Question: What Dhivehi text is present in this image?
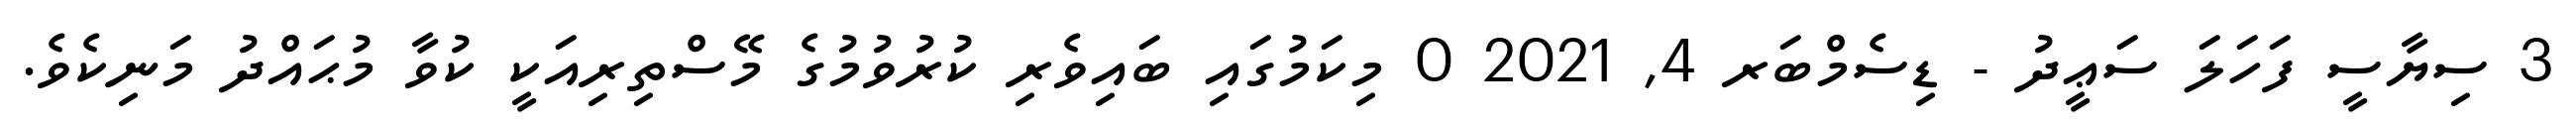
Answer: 3 ސިޔާސީ ފަހަލަ ސަޢީދު - ޑިސެމްބަރ 4, 2021 0 މިކަމުގައި ބައިވެރި ކުރުވުމުގެ މޭސްތިރިއަކީ ކުވާ މުޙައްދު މަނިކެވެ.